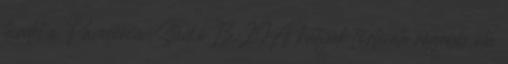
hirdet a Pannónia Stúdió 13:29A kutyák története régebb óta